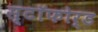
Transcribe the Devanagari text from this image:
स्टॉफोर्ड